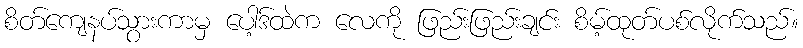
စိတ်ကျေနပ်သွားကာမှ ပေါ့ဒ်ထဲက လေကို ဖြည်းဖြည်းချင်း စိမ့်ထုတ်ပစ်လိုက်သည်။